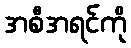
အစီအရင်ကို